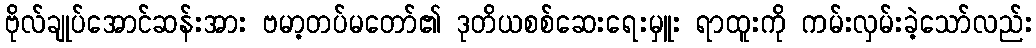
ဗိုလ်ချုပ်အောင်ဆန်းအား ဗမာ့တပ်မတော်၏ ဒုတိယစစ်ဆေးရေးမှူး ရာထူးကို ကမ်းလှမ်းခဲ့သော်လည်း